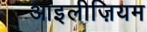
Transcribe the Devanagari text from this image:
आइलीज़ियम